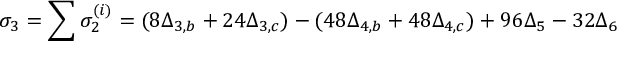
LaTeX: \sigma _ { 3 } = \sum \sigma _ { 2 } ^ { ( i ) } = ( 8 \Delta _ { 3 , b } + 2 4 \Delta _ { 3 , c } ) - ( 4 8 \Delta _ { 4 , b } + 4 8 \Delta _ { 4 , c } ) + 9 6 \Delta _ { 5 } - 3 2 \Delta _ { 6 } \;